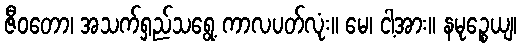
ဇီဝတော၊ အသက်ရှည်သရွေ့ ကာလပတ်လုံး။ မေ၊ ငါ့အား။ နမုဉ္စေယျ၊